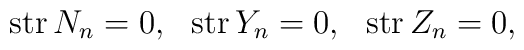
\mbox{ str}\, N_n = 0, \,\, \mbox{ str}\, Y_n = 0, \,\, \mbox{ str}\,Z_n = 0,